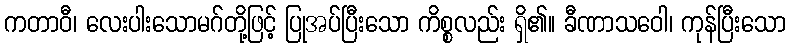
ကတာဝီ၊ လေးပါးသောမဂ်တို့ဖြင့် ပြုအပ်ပြီးသော ကိစ္စလည်း ရှိ၏။ ခီဏာသဝေါ၊ ကုန်ပြီးသော